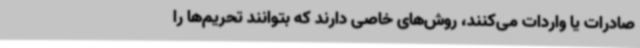
صادرات یا واردات می‌کنند، روش‌های خاصی دارند که بتوانند تحریم‌ها را